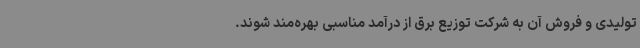
تولیدی و فروش آن به شرکت توزیع برق از درآمد مناسبی بهره‌مند شوند.